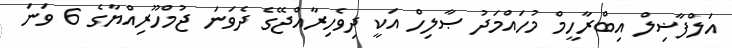
އަލްފާޟިލް އިބްރާހީމް މުހައްމަދު ޞާލިހް އަކީ ދިވެހިރާއްޖޭގެ ދެވަނަ ޖުމްހޫރިއްޔާގެ 6 ވަނަ